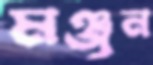
মঞ্জুন